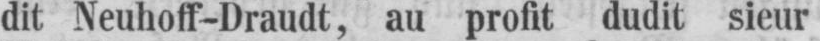
dit Neuhoff-Draudt, au profit dudit sieur